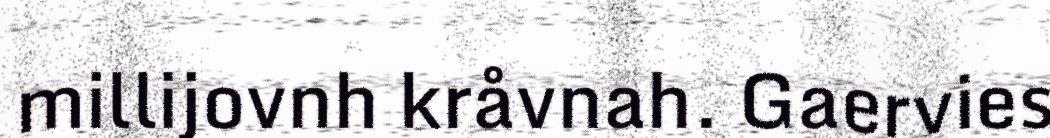
millijovnh kråvnah. Gaervies